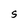
Character: S